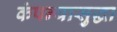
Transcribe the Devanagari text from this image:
कंपन्यासुद्धा